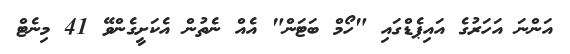
އަންނަ އަހަރުގެ އައިޕެޑްގައި "ހޯމް ބަޓަން" އެއް ނެތުން އެކަށީގެންވޭ 41 މިނެޓް